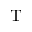
\mathrm { T }